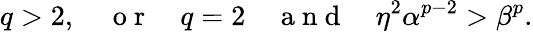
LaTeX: q>2,\quad\mathrm{~o~r~}\quad q=2\quad\mathrm{~a~n~d~}\quad\eta^{2}\alpha^{p-2}>\beta^{p}.